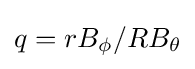
q=rB_{\phi }/RB_{\theta }